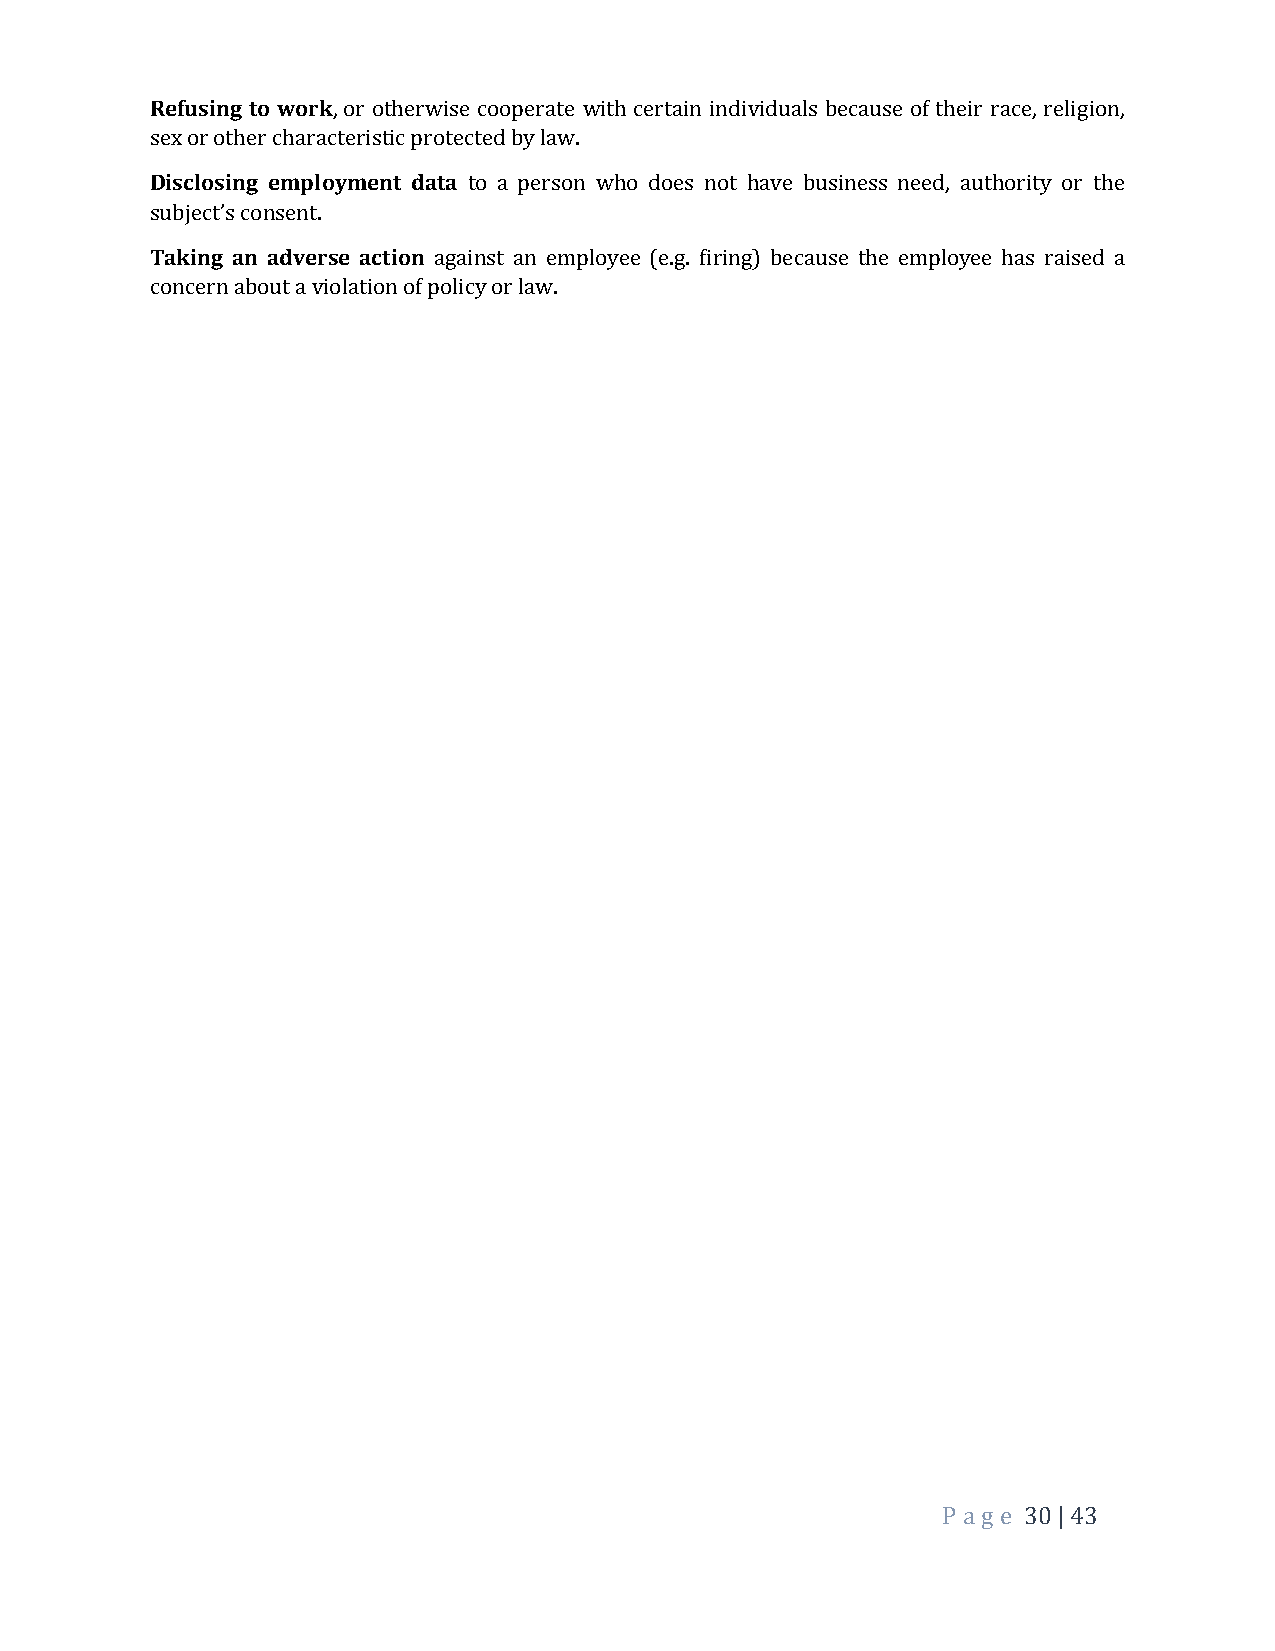
Refusing to work, or otherwise cooperate with certain individuals because of their race, religion,
 sex or other characteristic protected by law.
 Disclosing employment data to a person who does not have business need, authority or the
 subject’s consent.
 Taking an adverse action against an employee (e.g. firing) because the employee has raised a
 concern about a violation of policy or law.
 P a ge 30 | 43